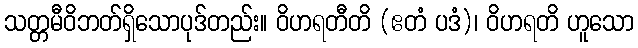
သတ္တမီဝိဘတ်ရှိသောပုဒ်တည်း။ ဝိဟရတီတိ (ဧတံ ပဒံ)၊ ဝိဟရတိ ဟူသော